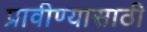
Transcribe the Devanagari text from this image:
प्रावीण्यासाठी